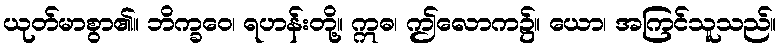
ယုတ်မာစွာ၏။ ဘိက္ခဝေ၊ ရဟန်းတို့။ ဣဓ၊ ဤလောက၌။ ယော၊ အကြင်သူသည်။